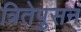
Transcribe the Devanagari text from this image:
त्रितेपुसन